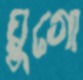
য়ুগো